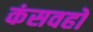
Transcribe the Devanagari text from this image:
कंसवहो